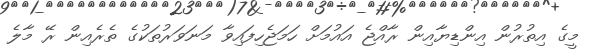
މީގެ އިތުރުން އިންޑިޔާއިން ރާއްޖެ އައުމަށް ހަމަޖެހިފައިވާ މަނަވަރުތަކުގެ ތެރެއިން ރޭ މާލެ